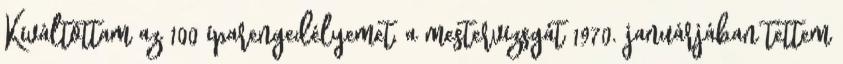
Kiváltottam az 100 iparengedélyemet, a mestervizsgát 1970. januárjában tettem